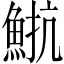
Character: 𩷠